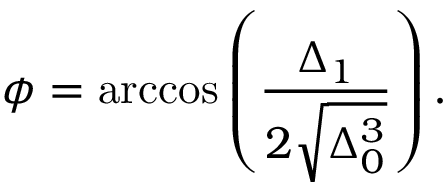
\phi = \operatorname { a r c c o s } \left( { \frac { \Delta _ { 1 } } { 2 { \sqrt { \Delta _ { 0 } ^ { 3 } } } } } \right) .